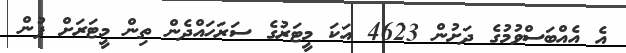
އެ އެއްބަސްވުމުގެ ދަށުން 4623 އަކަ މީޓަރުގެ ސަރަހައްދެން ތިން މީޓަރަށް ފުން